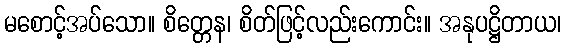
မစောင့်အပ်သော။ စိတ္တေန၊ စိတ်ဖြင့်လည်းကောင်း။ အနုပဋ္ဌိတာယ၊